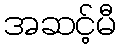
အဆင့်မီ